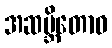
အဆမ္ဘိတောဝ